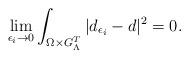
LaTeX: \begin{align*}\lim_{\epsilon_i\rightarrow 0}\int_{\Omega\times G_\Lambda^T}|d_{\epsilon_i}-d|^2=0.\end{align*}